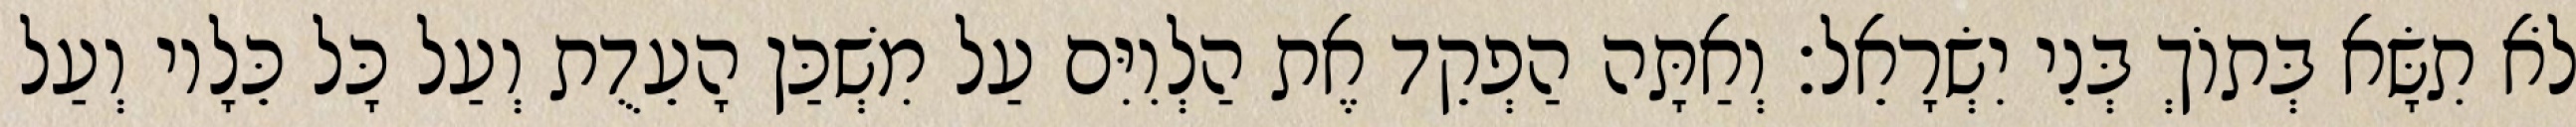
לֹא תִשָּׂא בְּתוֹךְ בְּנֵי יִשְׂרָאֵל׃ וְאַתָּה הַפְקֵד אֶת הַלְוִיִּם עַל מִשְׁכַּן הָעֵדֻת וְעַל כָּל כֵּלָיו וְעַל